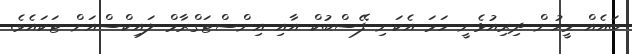
ބައެއް މީހުން ދިރިއުޅެނީ ހަމަ އެކަނި ފޭސްބުކް އާއި އިންސްޓަގްރާމް ލައިކްސްއަށް ޓަކައެވެ.